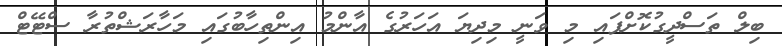
ބިލް ތަސްދީގުކޮށްފައި މި ވަނީ މިދިޔަ އަހަރުުގެ އާންމު އިންތިހާބުގައި މަހާރަޝްތުރާ ސްޓޭޓް